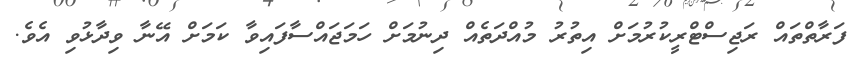
ފަރާތްތައް ރަޖިސްޓްރީކުރުމަށް އިތުރު މުއްދަތެއް ދިނުމަށް ހަމަޖައްސާފައިވާ ކަމަށް އޭނާ ވިދާޅުވި އެވެ.